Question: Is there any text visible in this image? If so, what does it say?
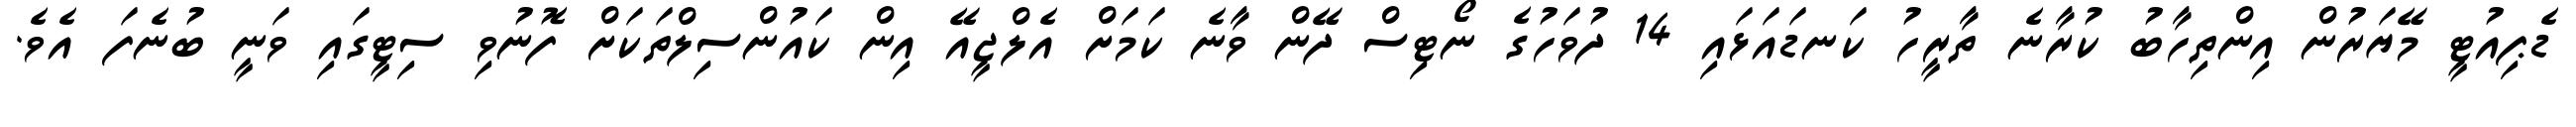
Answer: ޑެޕިއުޓީ މޭޔަރުން އިންތިހާބު ކުރާނެ ތާރީހު ކަނޑައަޅައި 14 ދުވަހުގެ ނޯޓިސް ދޭން ވާނެ ކަމަށް އެލްޖީއޭ އިން ކައުންސިލްތަކަށް ފޮނުވި ސިޓީގައި ވަނީ ބުނެފަ އެވެ.